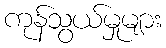
ကုန်သွယ်မှုများ